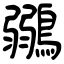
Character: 鶸